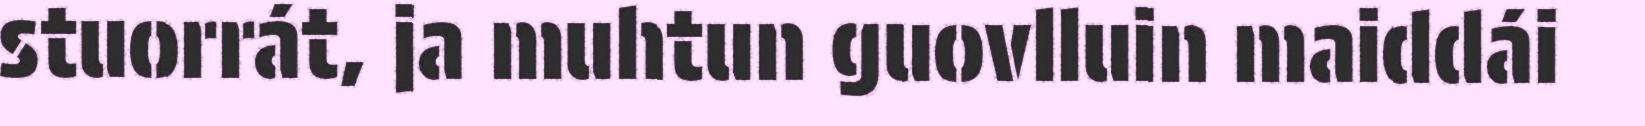
stuorrát, ja muhtun guovlluin maiddái